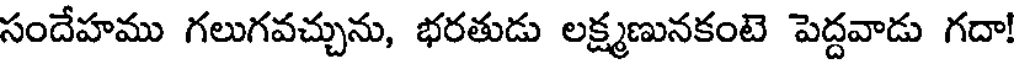
సందేహము గలుగవచ్చును, భరతుడు లక్ష్మణునకంటె పెద్దవాడు గదా!